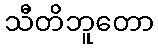
သီတိဘူတော